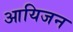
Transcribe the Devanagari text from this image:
आयिजन